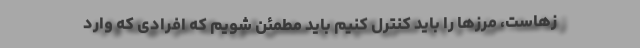
زهاست، مرزها را باید کنترل کنیم باید مطمئن شویم که افرادی که وارد